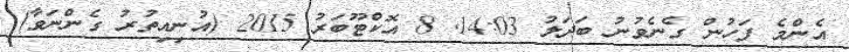
އެންމެ ފަހުން ގެނެވުނު ބަދަލު 14:03